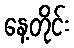
နေ့တိုင်း